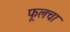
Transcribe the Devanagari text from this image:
फूलचा